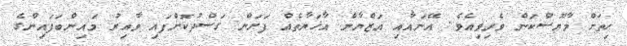
ހިތަށް މާޔޫސްކަން ވެރިވިއެވެ. އޭނައާއި އަޒްޔާން އާޚަޔާތެއް ފަށަން ގަސްދުކޮށްފައި ވާއިރު މައިންބަފައިންގެ